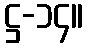
ဋ္ဌ-၁၄။